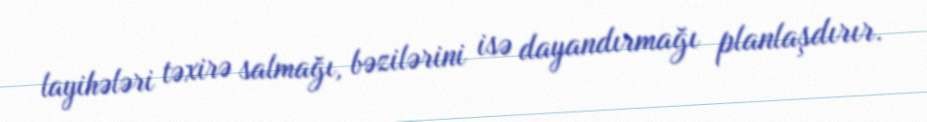
layihələri təxirə salmağı, bəzilərini isə dayandırmağı planlaşdırır.